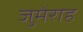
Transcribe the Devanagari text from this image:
जुमेराह